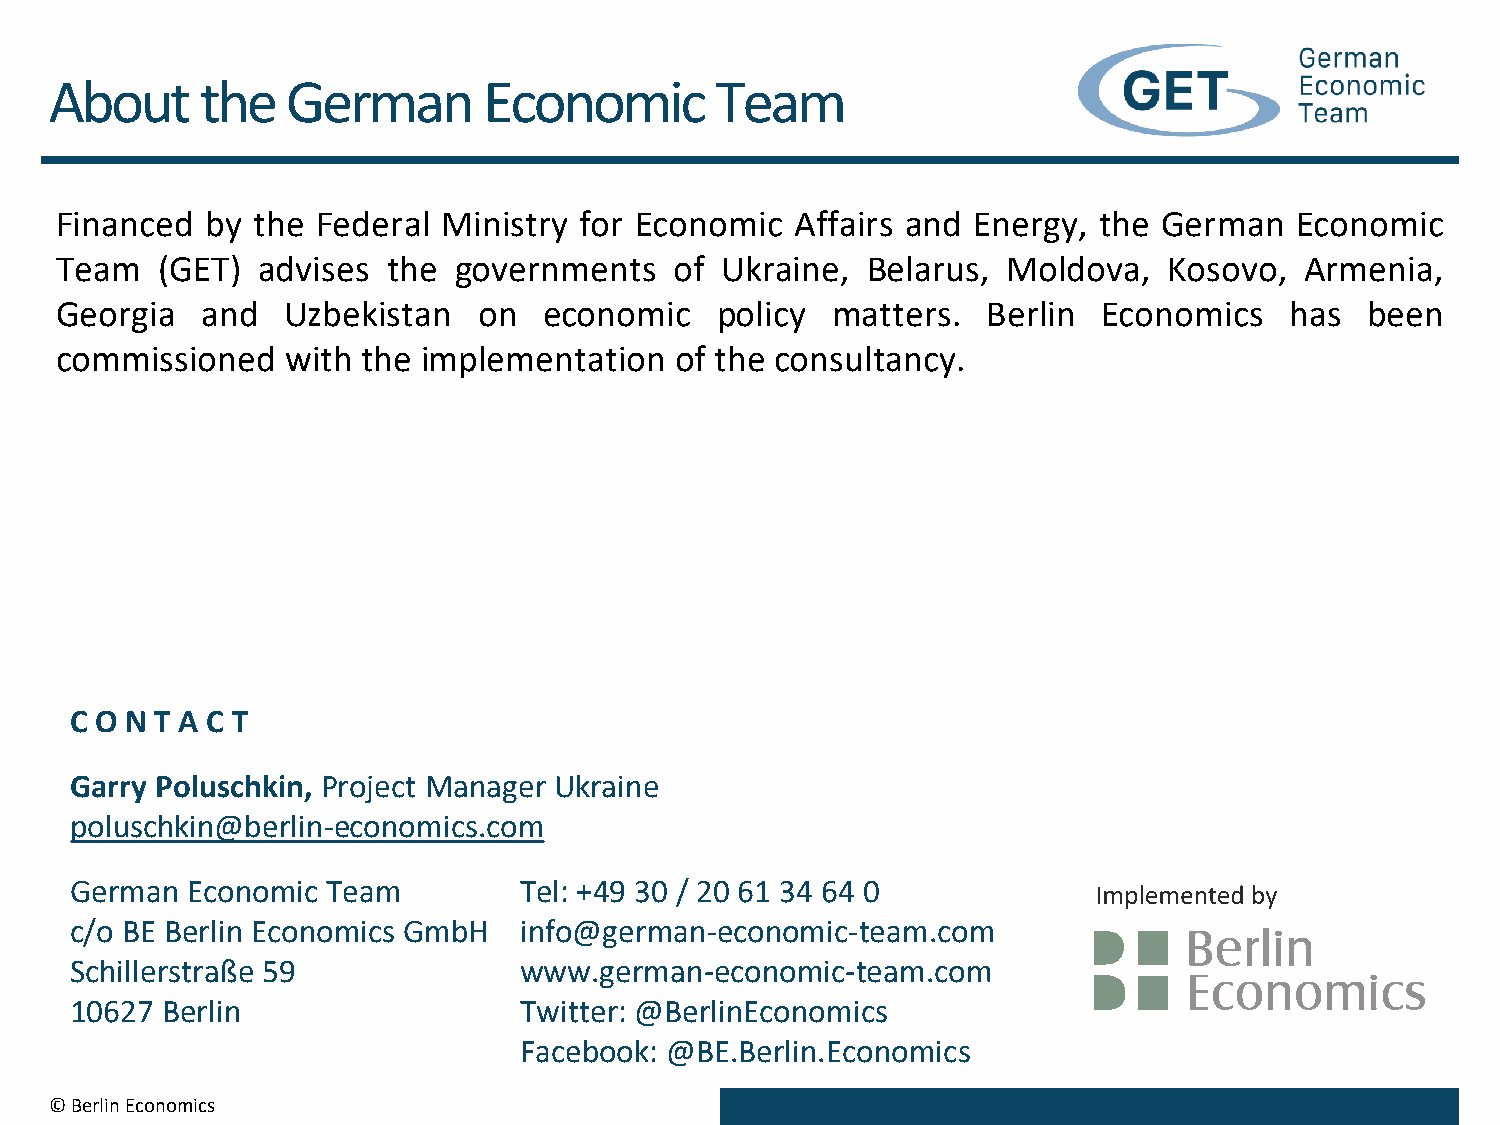
About     the   German       Economic       Team
 Financed  by the Federal Ministry for Economic   Affairs and Energy, the German   Economic
 Team  (GET)  advises  the governments    of Ukraine, Belarus,  Moldova,  Kosovo,  Armenia,
 Georgia  and   Uzbekistan   on  economic   policy  matters.  Berlin  Economics   has   been
 commissioned   with the implementation   of the consultancy.
 C O N T A C T
 Garry Poluschkin, Project Manager Ukraine
 poluschkin@berlin-economics.com
 German Economic  Team        Tel: +49 30 / 20 61 34 64 0
 c/o BE Berlin Economics GmbH info@german-economic-team.com
 Schillerstraße 59            www.german-economic-team.com
 10627 Berlin                 Twitter: @BerlinEconomics
 Facebook: @BE.Berlin.Economics
 © Berlin Economics